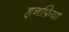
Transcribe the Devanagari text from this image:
हनफ़िया